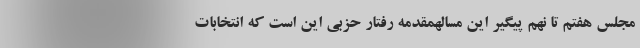
مجلس هفتم تا نهم پیگیر این مسالهمقدمه رفتار حزبی این است که انتخابات